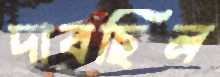
দাবছিল